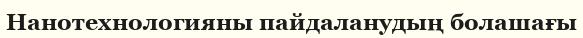
Нанотехнологияны пайдаланудың болашағы